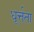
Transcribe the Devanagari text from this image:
धूर्त्तता